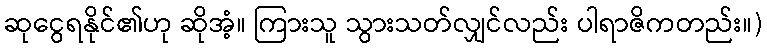
ဆုငွေရနိုင်၏ဟု ဆိုအံ့။ ကြားသူ သွားသတ်လျှင်လည်း ပါရာဇိကတည်း။)